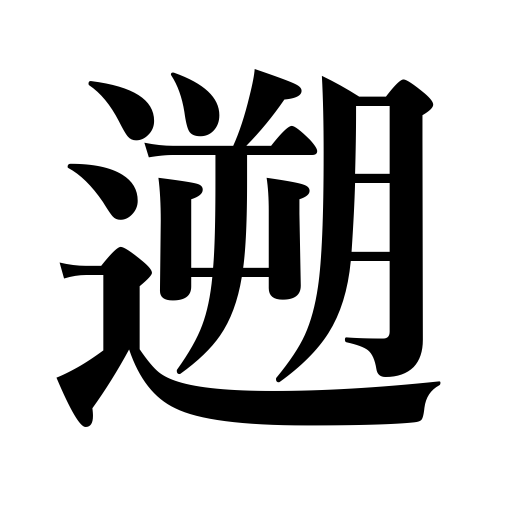
Meanings: go upstream,retrace the past